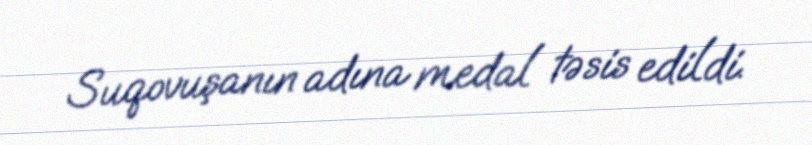
Suqovuşanın adına medal təsis edildi.